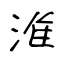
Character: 淮